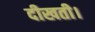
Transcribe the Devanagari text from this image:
दीखती।